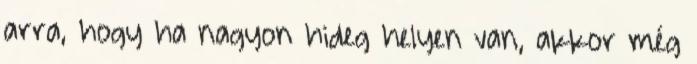
arra, hogy ha nagyon hideg helyen van, akkor még